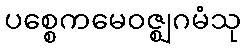
ပစ္စေကမေဝဇ္ဈဂမံသု